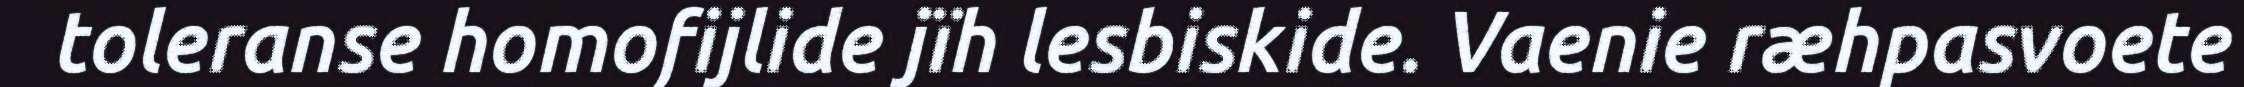
toleranse homofijlide jïh lesbiskide. Vaenie ræhpasvoete